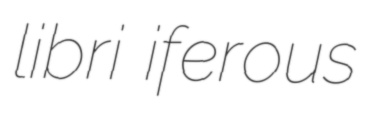
libri iferous